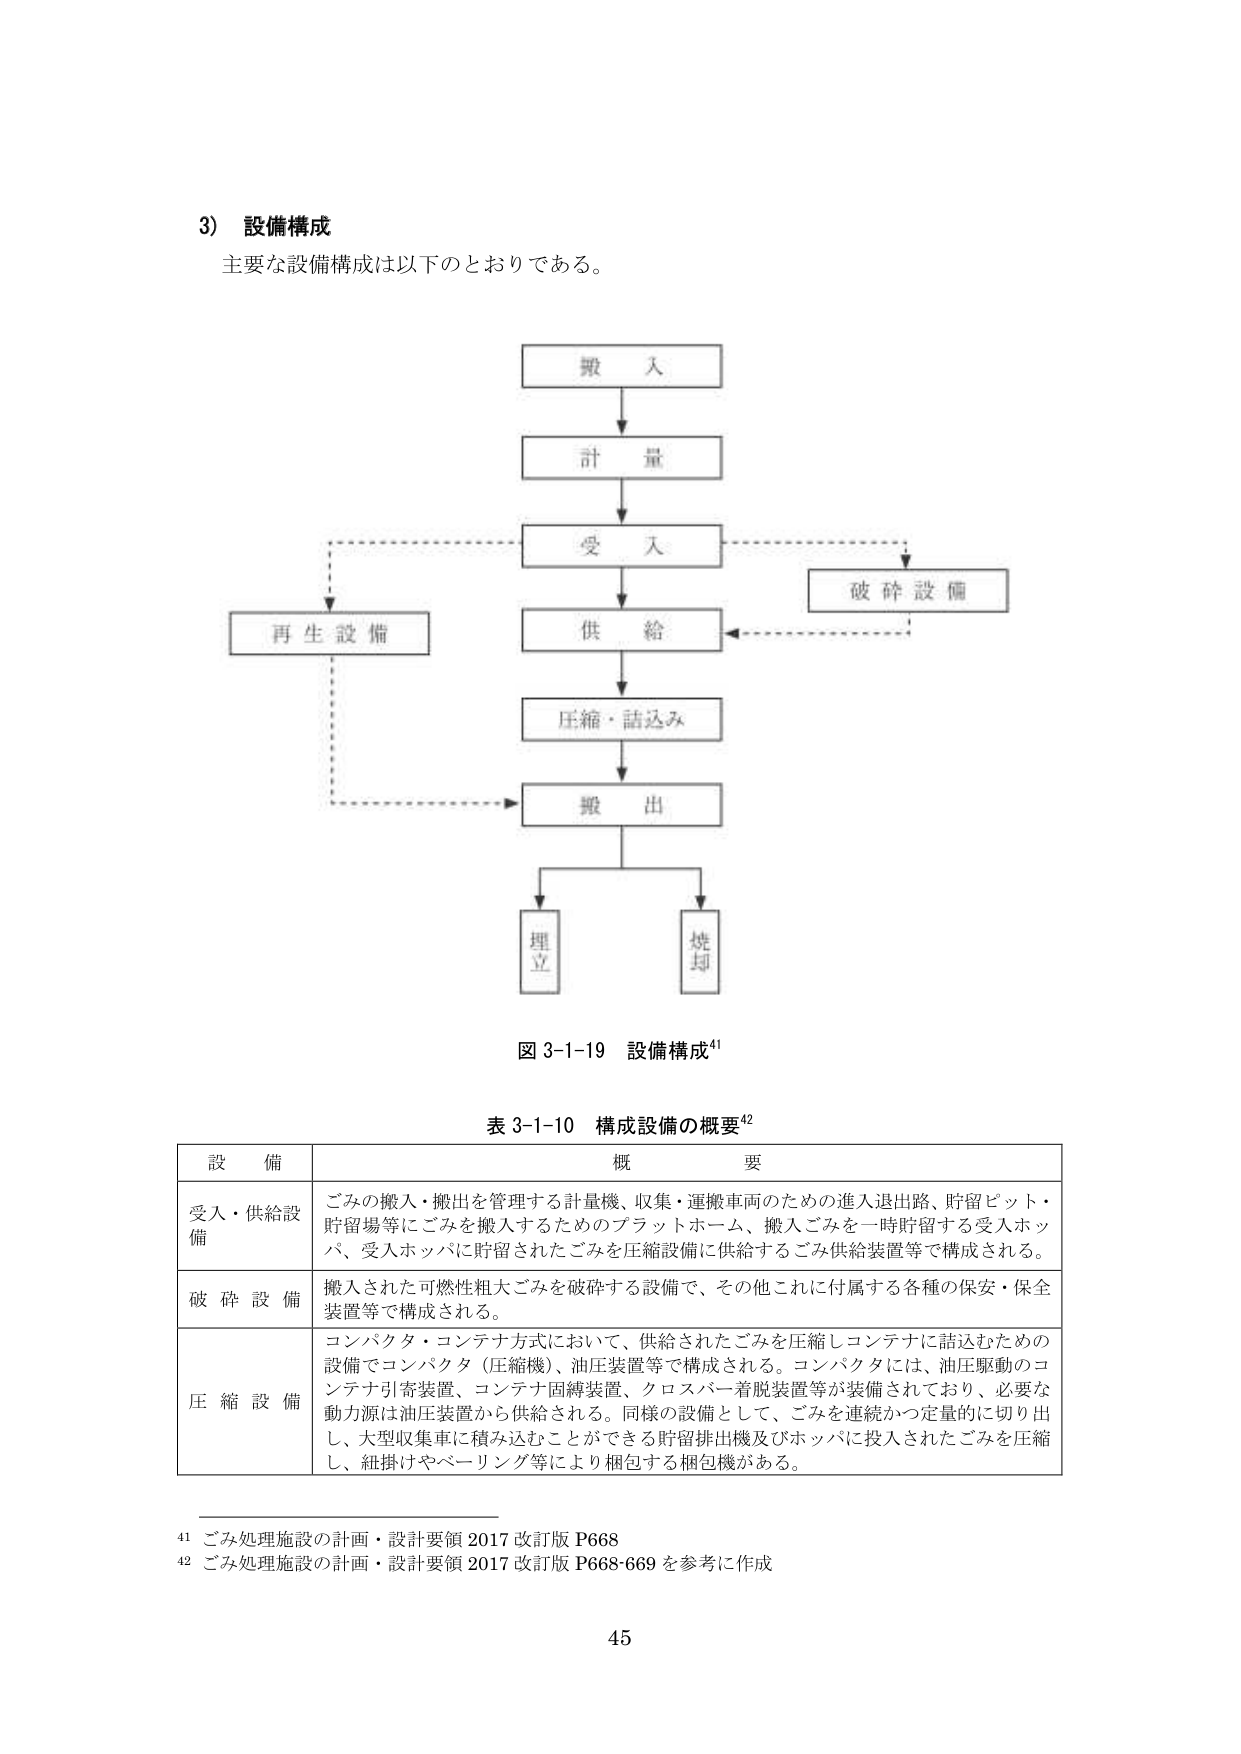
3) 設備構成
主要な設備構成は以下のとおりである。

搬入
計量
受入
供給
圧縮・詰込み
搬出
埋立
焼却
再生設備
破砕設備

図 3-1-19 設備構成⁴¹

表 3-1-10 構成設備の概要⁴²

設備 概要
受入・供給設備 ごみの搬入・搬出を管理する計量機、収集・運搬車両のための進入退出路、貯留ピット・貯留場等にごみを搬入するためのプラットホーム、搬入ごみを一時貯留する受入ホッパ、受入ホッパに貯留されたごみを圧縮設備に供給するごみ供給装置等で構成される。
破砕設備 搬入された可燃性粗大ごみを破砕する設備で、その他これに付属する各種の保安・保全装置等で構成される。
圧縮設備 コンパクタ・コンテナ方式において、供給されたごみを圧縮しコンテナに詰込むための設備でコンパクタ（圧縮機）、油圧装置等で構成される。コンパクタには、油圧駆動のコンテナ引寄装置、コンテナ固縛装置、クロスバー着脱装置等が装備されており、必要な動力源は油圧装置から供給される。同様の設備として、ごみを連続かつ定量的に切り出し、大型収集車に積み込むことができる貯留排出機及びホッパに投入されたごみを圧縮し、紐掛けやベーリング等により梱包する梱包機がある。

⁴¹ ごみ処理施設の計画・設計要領 2017 改訂版 P668
⁴² ごみ処理施設の計画・設計要領 2017 改訂版 P668-669 を参考に作成

45